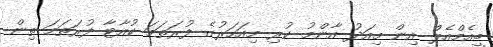
ބީއެމްއެލް އިން މިއަދު އާންމު ކުރި މިއަހަރުގެ ފުރަތަމަ ކުއާޓާ ފުރަތަމަ ތިން